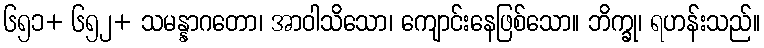
၆၅၁+ ၆၅၂+ သမန္နာဂတော၊ အာဝါသိသော၊ ကျောင်းနေဖြစ်သော။ ဘိက္ခု၊ ရဟန်းသည်။